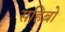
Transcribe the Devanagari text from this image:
सहिबो